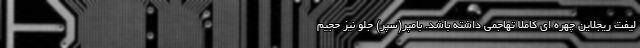
لیفت ریجلاین چهره ای کاملا تهاجمی داشته باشد. بامپر(سپر) جلو نیز حجیم